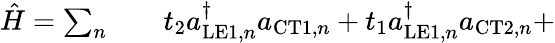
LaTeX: \begin{array}{rlr}{\hat{H}=\sum_{n}}&{{}}&{t_{2}a_{\mathrm{LE1},n}^{\dagger}a_{\mathrm{CT1},n}+t_{1}a_{\mathrm{LE1},n}^{\dagger}a_{\mathrm{CT2},n}+}\end{array}